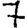
Digit: 7